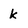
Character: k